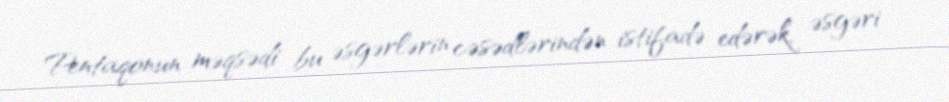
Pentaqonun məqsədi bu əsgərlərin cəsədlərindən istifadə edərək, əsgəri